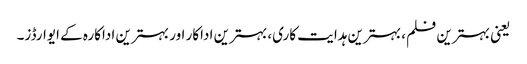
یعنی بہترین فلم، بہترین ہدایت کاری، بہترین اداکار اور بہترین اداکارہ کے ایوارڈز۔